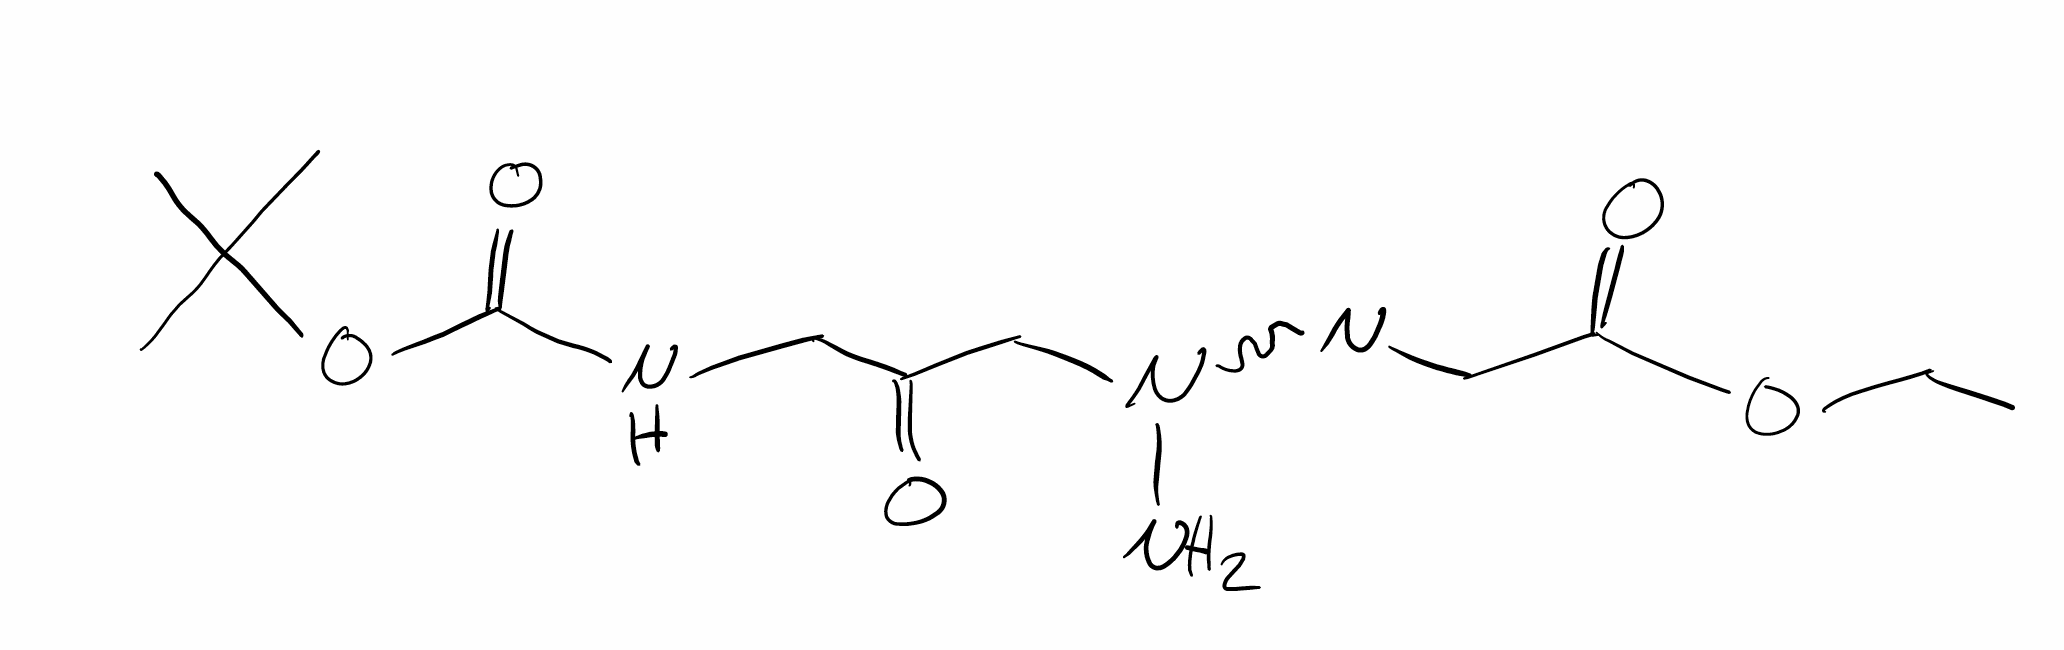
Simplified molecular-input line-entry system (SMILES) notation of the given molecule:
CCOC(=O)C=NN(CC(=O)CNC(=O)OC(C)(C)C)N